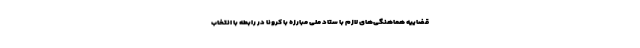
قضاییه هماهنگی‌های لازم با ستاد ملی مبارزه با کرونا در رابطه با انتخاب